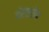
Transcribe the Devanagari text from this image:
डोलहरीण